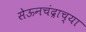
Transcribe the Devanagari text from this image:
सेऊनचंद्राच्या